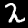
Digit: 2